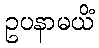
ဥပနာမယိံ